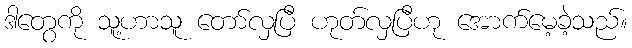
ဒါတွေကို သူ့ဟာသူ တော်လှပြီ ဟုတ်လှပြီဟု အောက်မေ့ခဲ့သည်။